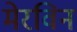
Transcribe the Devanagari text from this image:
मेरविन